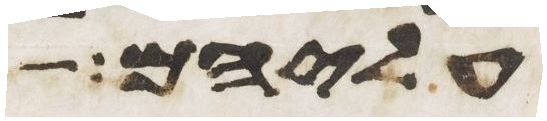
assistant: עליהם